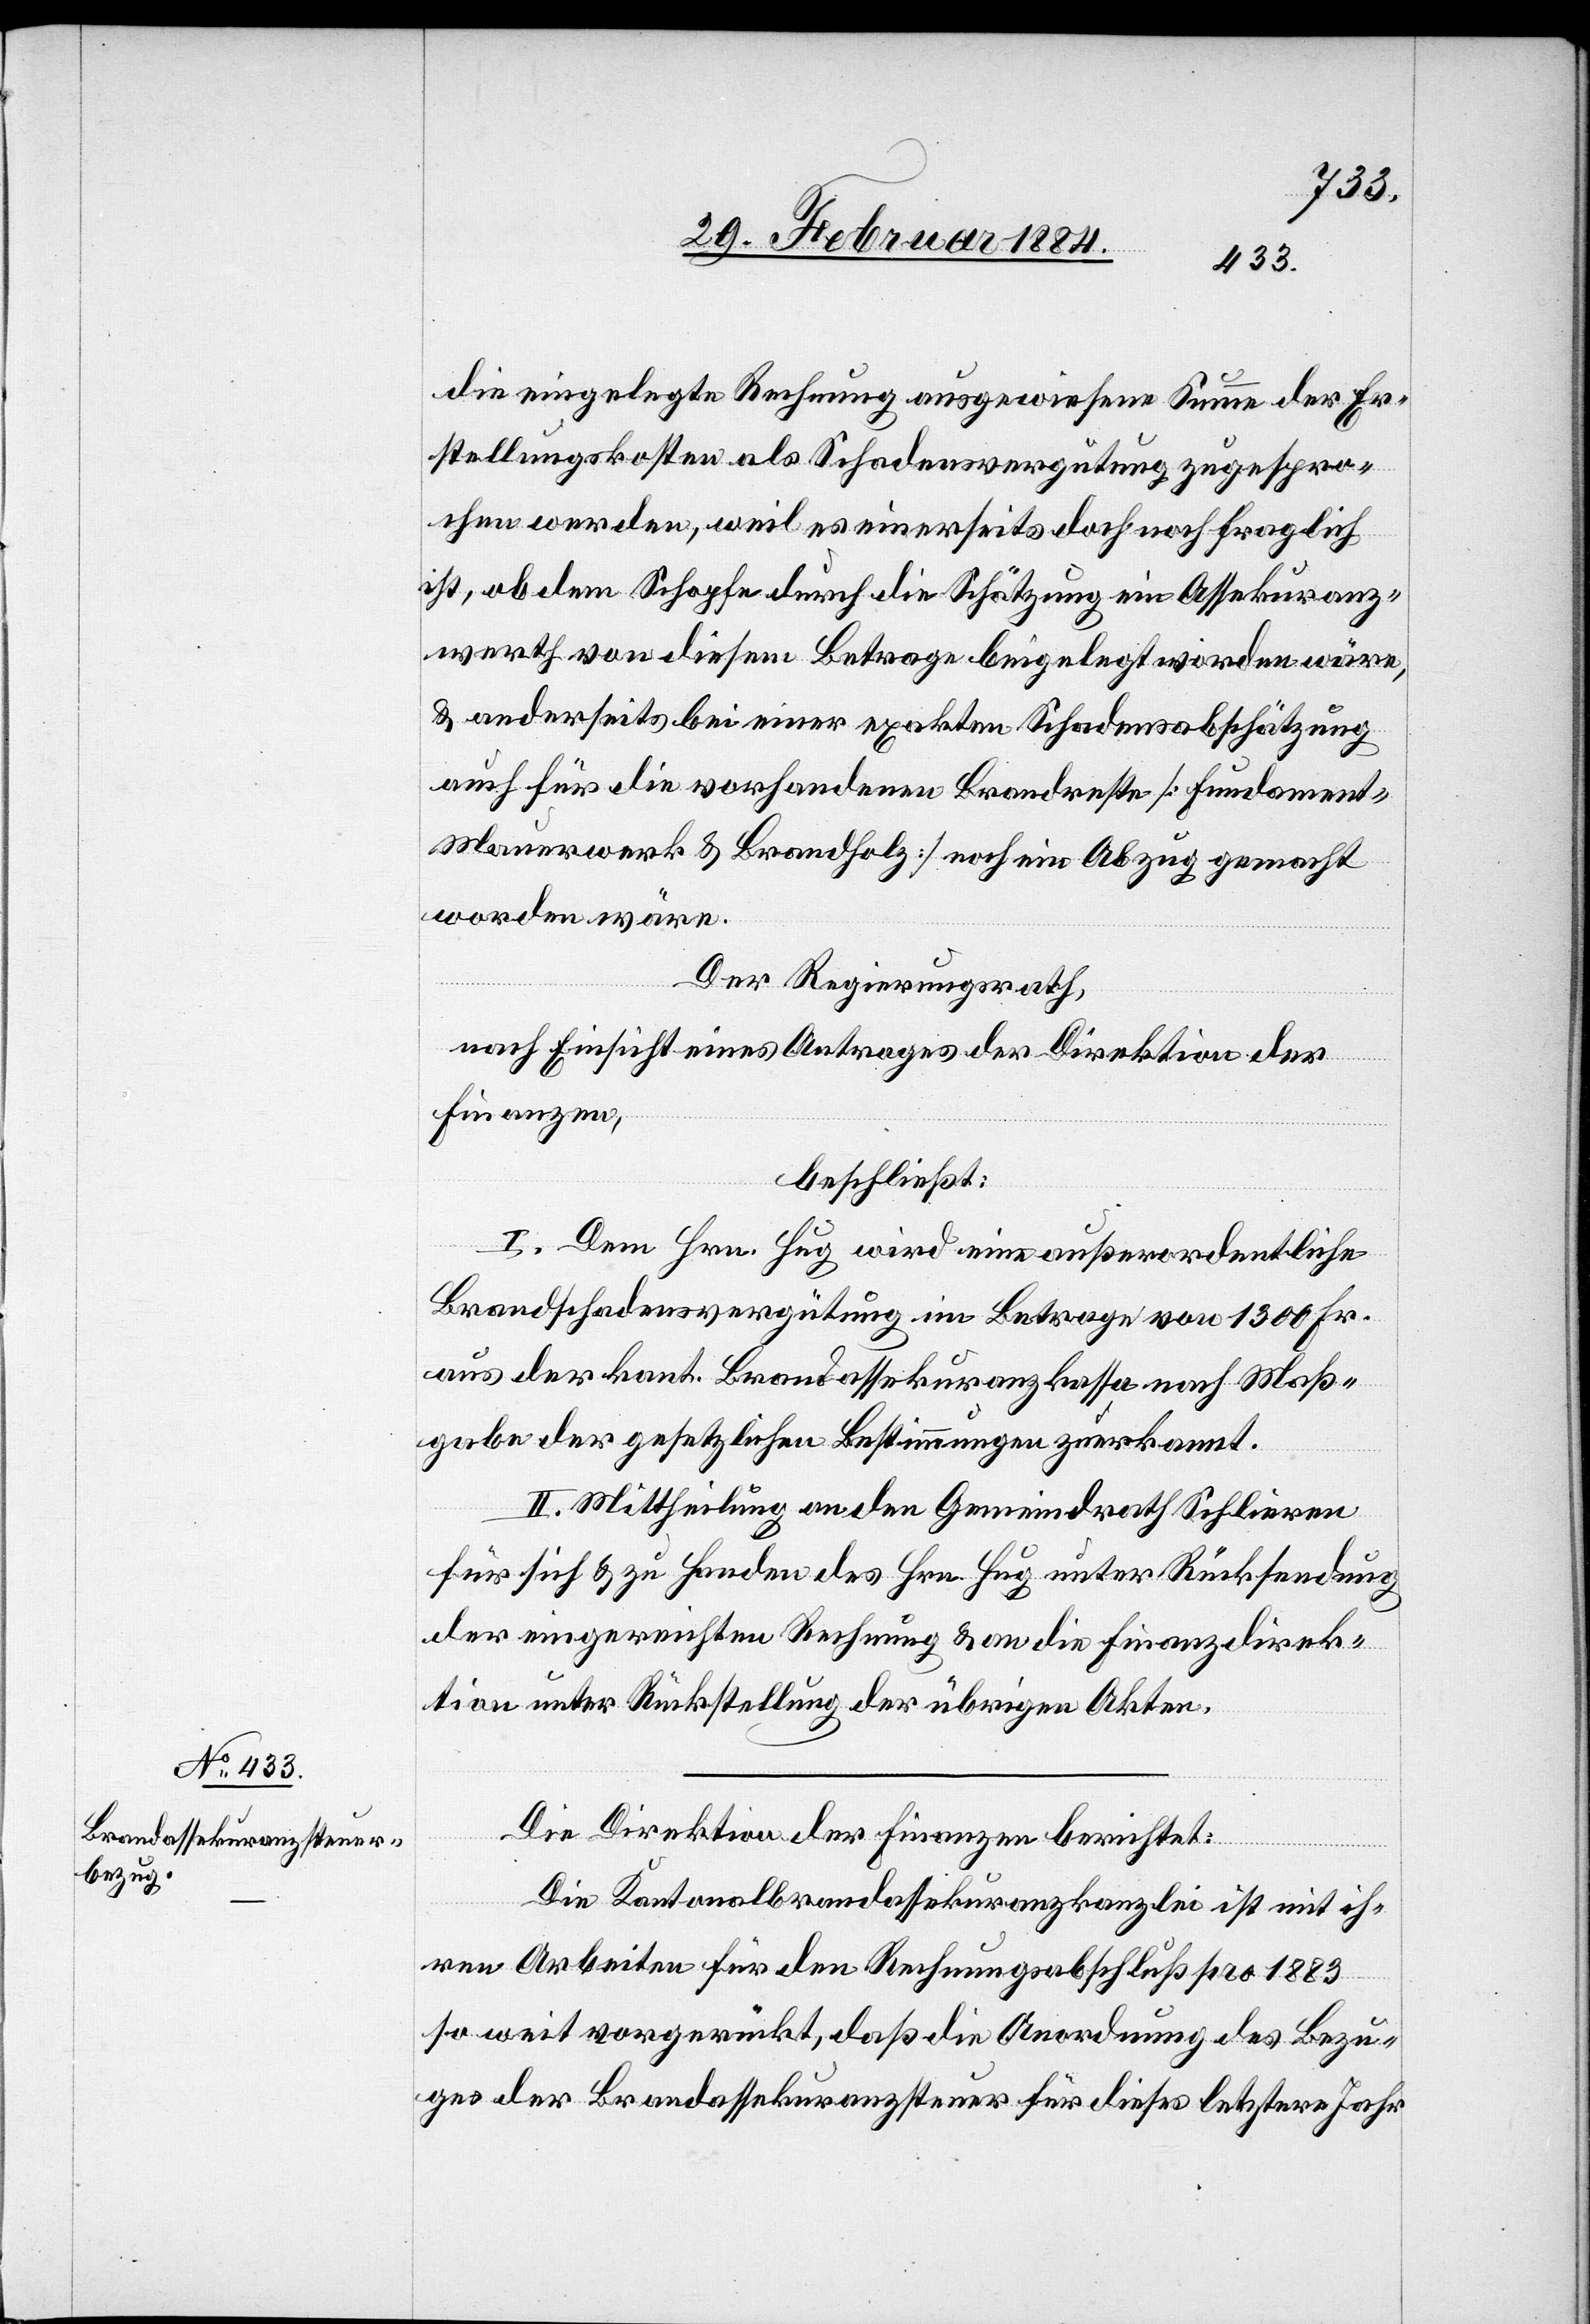
die eingelegte Rechnung ausgewiesene Summe der Er¬
stellungskosten als Schadensvergütung zugespro¬
chen werden, weil es einerseits doch noch fraglich
ist, ob dem Schopfe durch die Schätzung ein Assekuranz¬
werth von diesem Betrage beigelegt worden wäre,
& anderseits bei einer exakten Schadensabschätzung
auch für die vorhandenen Brandreste [Fundament-M¬
auerwerk & Brandholz] noch ein Abzug gemacht
worden wäre,
Der Regierungsrath,
nach Einsicht eines Antrages der Direktion der
Finanzen,
beschließt:
I. Dem Hrn. Hug wird eine außerordentliche
Brandschadensvergütung im Betrage von 1300 Fr.
aus der kant. Brandassekuranzkasse nach Maß¬
gabe der gesetzlichen Bestimmungen zuerkannt.
II. Mittheilung an den Gemeindrath Schlieren
für sich & zu Handen des Hrn. Hug unter Rücksendung
der eingereichten Rechnung & an die Finanzdirek¬
tion unter Rückstellung der übrigen Akten.
Die Direktion der Finanzen berichtet:
Die Kantonalbrandassekuranzkanzlei ist mit ih¬
ren Arbeiten für den Rechnungsabschluß pro 1883
so weit vorgerückt, daß die Anordnung des Bezu¬
ges der Brandassekuranzsteuer für dieses letztere Jahr